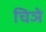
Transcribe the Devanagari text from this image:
चिञे